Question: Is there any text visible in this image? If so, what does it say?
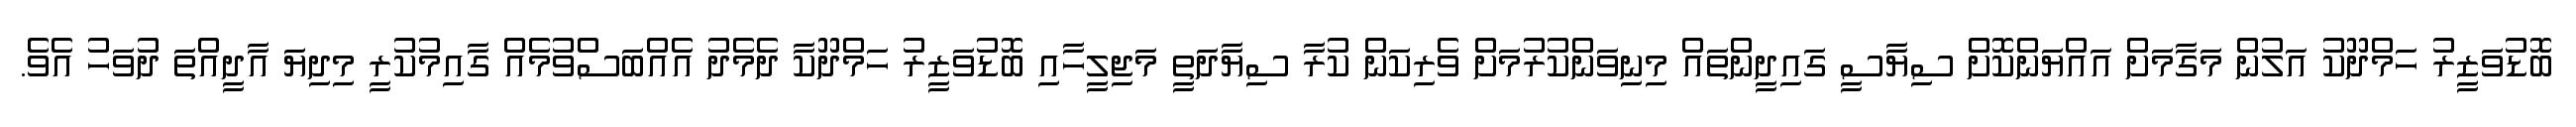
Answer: ބޮޑުވަޒީރު ހަމްދޫކު އަލުން މަގާމަށް އައްޔަންކޮށް ސިޔާސީ ގައިދީންތައް މިނިވަންކުރުމަށް ވެރިކަން ކުރާ ސިޔާދަތީ މަޖިލީހާއި ބޮޑުވަޒީރު ހަމްދޫކާ ދެމެދު އެއްބަސްވުމެއް ގާއިމުކުރީ މިދިޔަ އާދީއްތަ ދުވަހު އެވެ.